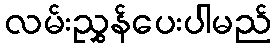
လမ်းညွှန်ပေးပါမည်